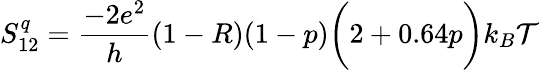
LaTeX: {S_{12}^{q}=\frac{-2e^{2}}{h}(1-R)(1-p)\bigg(2+0.64p\bigg)k_{B}\mathcal{T}}